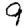
Digit: 9